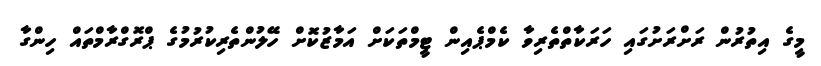
މީގެ އިތުރުން ރަށްރަށުގައި ހަރަކާތްތެރިވާ ކެމްޕެއިން ޓީމްތަކަށް އަމާޒުކޮށް ހޭލުންތެރިކުރުމުގެ ޕްރޮގްރާމްތައް ހިންގާ